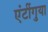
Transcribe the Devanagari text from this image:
एंटींगुया